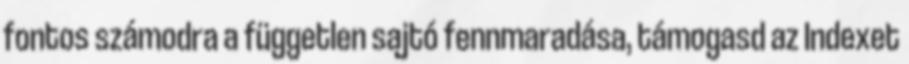
fontos számodra a független sajtó fennmaradása, támogasd az Indexet